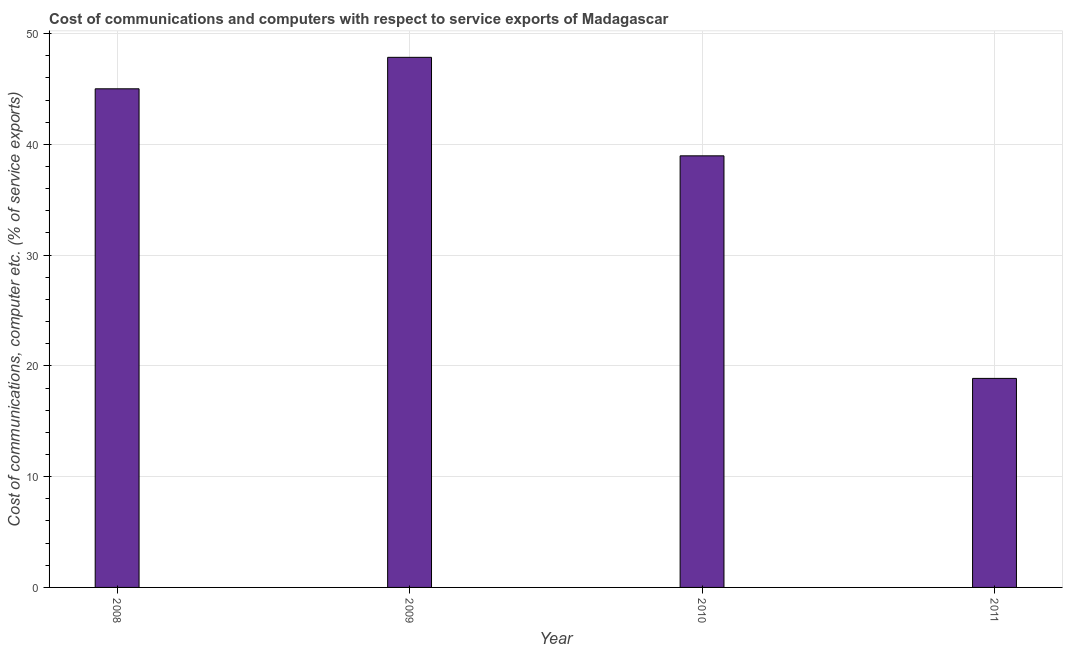
| Year | Communications |
 | --- | --- |
 | 2008 | 45 |
 | 2009 | 47.9 |
 | 2010 | 39 |
 | 2011 | 18.9 |